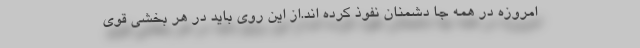
امروزه در همه جا دشمنان نفوذ کرده اند.از این روی باید در هر بخشی قوی